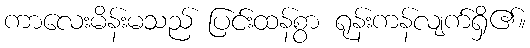
ကာလေးမိန်းမသည် ပြင်းထန်စွာ ရုန်းကန်လျက်ရှိ၏။